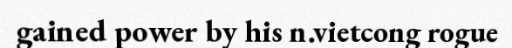
gained power by his n.vietcong rogue